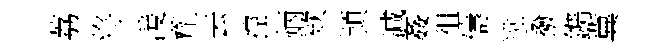
荔将湲劑去控炳欵頴减姦徂儔逃撥鐫冀